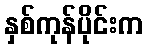
နှစ်ကုန်ပိုင်းက